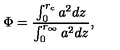
\Phi = \frac { \int _ { 0 } ^ { r _ { c } } a ^ { 2 } d z } { \int _ { 0 } ^ { r _ { \infty } } a ^ { 2 } d z } ,